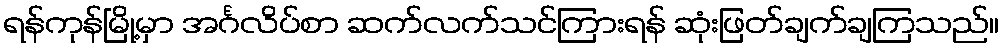
ရန်ကုန်မြို့မှာ အင်္ဂလိပ်စာ ဆက်လက်သင်ကြားရန် ဆုံးဖြတ်ချက်ချကြသည်။